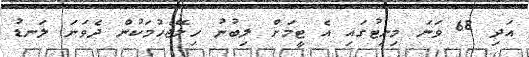
އަދި 68 ވަނަ މިނިޓުގައި އެ ޓީމަށް ލިބުނު ހިލޭޖެހުމަކުން ދެވަނަ ލަނޑު